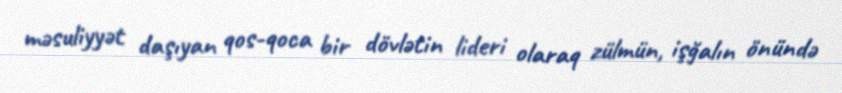
məsuliyyət daşıyan qos-qoca bir dövlətin lideri olaraq zülmün, işğalın önündə